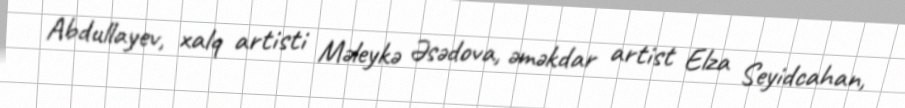
Abdullayev, xalq artisti Məleykə Əsədova, əməkdar artist Elza Seyidcahan,